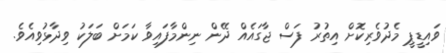
ވައިޑީޕީ މެދުވެރިކޮށް އިތުރު ފަސް ޖާގައެއް ދޭން ނިންމާފައިވާ ކަމަށް ބަލަކު ވިދާޅުވިއެވެ.